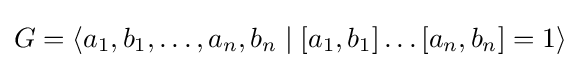
G=\langle a_{1},b_{1},\dots ,a_{n},b_{n}\mid [a_{1},b_{1}]\dots [a_{n},b_{n}]=1\rangle